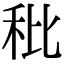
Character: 秕